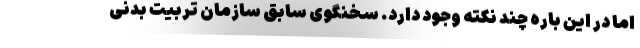
اما در این باره چند نکته وجود دارد. سخنگوی سابق سازمان تربیت بدنی